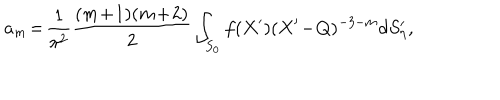
a _ { m } \! = \! \frac { 1 } { \pi ^ { 2 } } \frac { ( m \! + \! 1 ) ( m \! + \! 2 ) } { 2 } \int _ { S _ { 0 } } f ( X ^ { \prime } ) ( X ^ { \prime } \! - \! Q ) ^ { - 3 - m } d S _ { \eta } ^ { \prime } ,